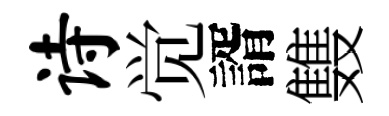
诗觉諝䨇